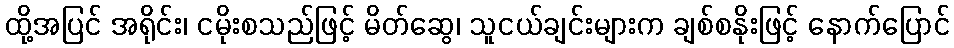
ထို့အပြင် အရိုင်း၊ ငမိုးစသည်ဖြင့် မိတ်ဆွေ၊ သူငယ်ချင်းများက ချစ်စနိုးဖြင့် နောက်ပြောင်